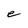
Character: e